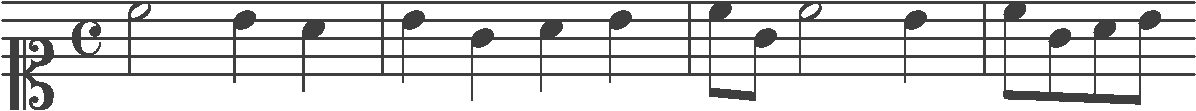
Transcription: clef-C1 timeSignature-C note-C5_half note-B4_quarter note-A4_quarter barline note-B4_quarter note-G4_quarter note-A4_quarter note-B4_quarter barline note-C5_eighth note-G4_eighth note-C5_half note-B4_quarter barline note-C5_eighth note-G4_eighth note-A4_eighth note-B4_eighth